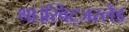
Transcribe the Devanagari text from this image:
था।स्विट्जरलैंड